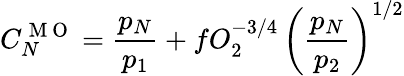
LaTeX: C_{N}^{\mathrm{~M~O~}}=\frac{p_{N}}{p_{1}}+fO_{2}^{-3/4}\, \left(\frac{p_{N}}{p_{2}}\right)^{1/2}